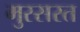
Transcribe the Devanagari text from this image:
मुस्सरत